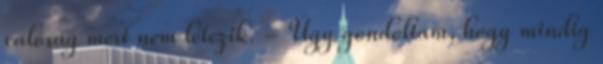
valóság mert nem létezik. - Úgy gondoltam, hogy mindig